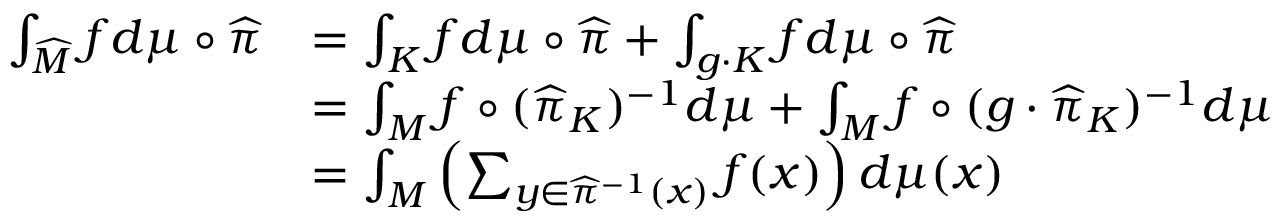
\begin{array} { r l } { \int _ { \widehat M } f d \mu \circ \widehat \pi } & { = \int _ { K } f d \mu \circ \widehat \pi + \int _ { g \cdot K } f d \mu \circ \widehat \pi } \\ & { = \int _ { M } f \circ ( \widehat \pi _ { K } ) ^ { - 1 } d \mu + \int _ { M } f \circ ( g \cdot \widehat \pi _ { K } ) ^ { - 1 } d \mu } \\ & { = \int _ { M } \left( \sum _ { y \in \widehat \pi ^ { - 1 } ( x ) } f ( x ) \right) d \mu ( x ) } \end{array}